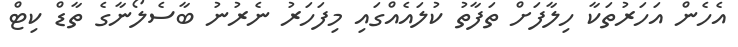
އެހެން އަހަރުތަކާ ހިލާފަށް ތަފާތު ކުލައެއްގައި މިފަހަރު ނެރުނު ބާސެލޯނާގެ ތާޑް ކިޓް